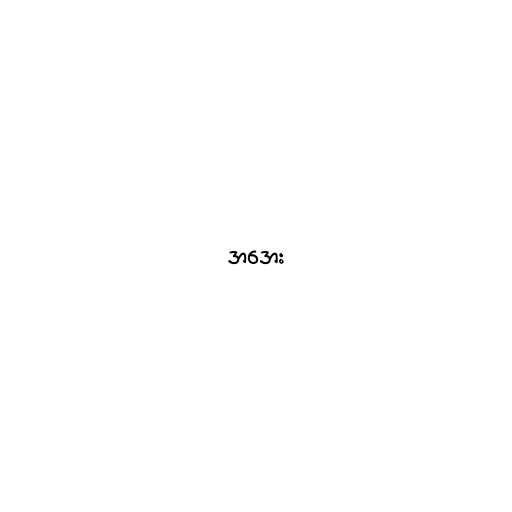
အအေး